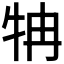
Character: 𤘼